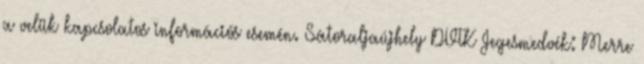
a velük kapcsolatos információs esemén. Sátoraljaújhely DVTK Jegesmedvék: Merre